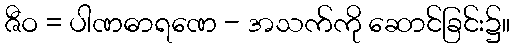
ဇီဝ = ပါဏဓာရဏေ - အသက်ကို ဆောင်ခြင်း၌။